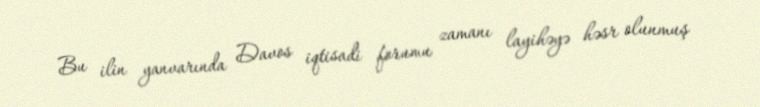
Bu ilin yanvarında Davos iqtisadi forumu zamanı layihəyə həsr olunmuş